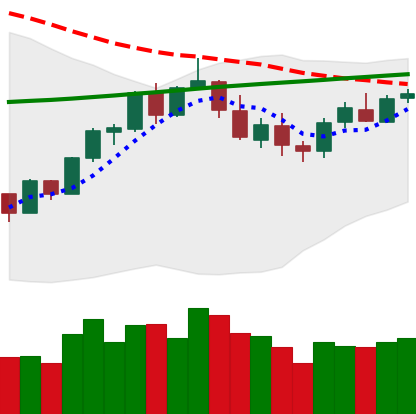
Ticker: BTC-USD
Chart end date: 2018-03-02
Forward return: -10.11%
Label: down_7plus